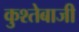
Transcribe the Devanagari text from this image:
कुश्तेबाजी